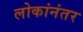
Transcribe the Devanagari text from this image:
लोकांनंतर